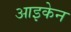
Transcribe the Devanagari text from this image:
आइकेन